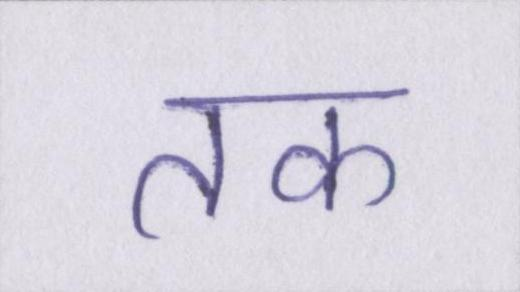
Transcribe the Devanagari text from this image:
तक